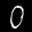
Label: 0